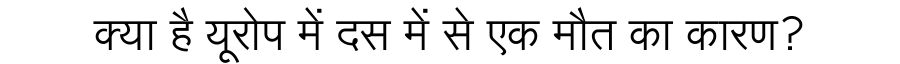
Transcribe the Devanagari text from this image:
क्या है यूरोप में दस में से एक मौत का कारण?